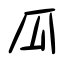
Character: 瓜